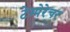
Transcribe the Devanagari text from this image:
टेम्पेरेचर